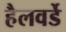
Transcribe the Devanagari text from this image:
हैलवर्डे